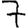
Digit: 7